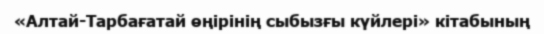
«Алтай-Тарбағатай өңірінің сыбызғы күйлері» кітабының